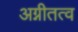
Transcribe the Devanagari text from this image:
अग्नीतत्व